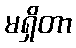
မရှိတာ